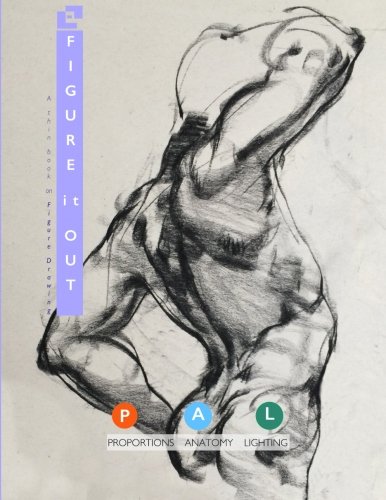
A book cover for Figure It Out: A thin book on Figure Drawing; Umakanth Thumrugoti; Arts & Photography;